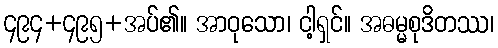
၄၉၄+၄၉၅+အပ်၏။ အာဝုသော၊ ငါ့ရှင်။ အဓမ္မစုဒိတဿ၊